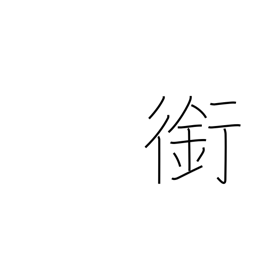
Meaning: horse's bit